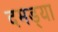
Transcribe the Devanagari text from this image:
दमड्या